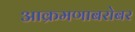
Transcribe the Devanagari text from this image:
आक्रमणाबरोबर